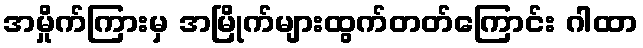
အမှိုက်ကြားမှ အမြိုက်များထွက်တတ်ကြောင်း ဂါထာ